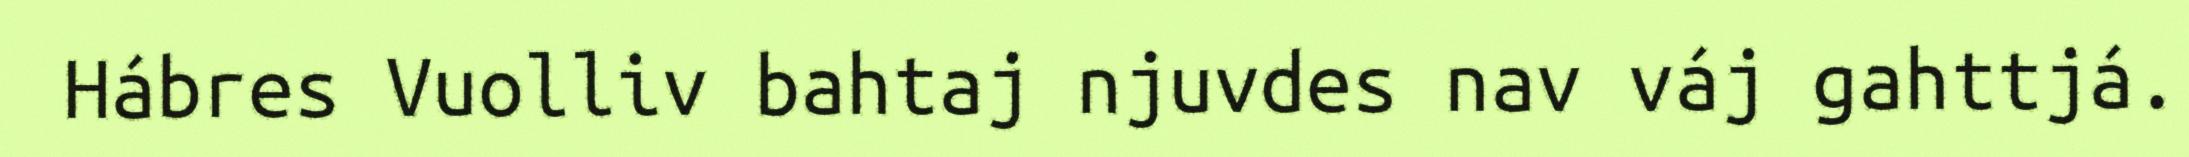
Hábres Vuolliv bahtaj njuvdes nav váj gahttjá.